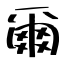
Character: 爾